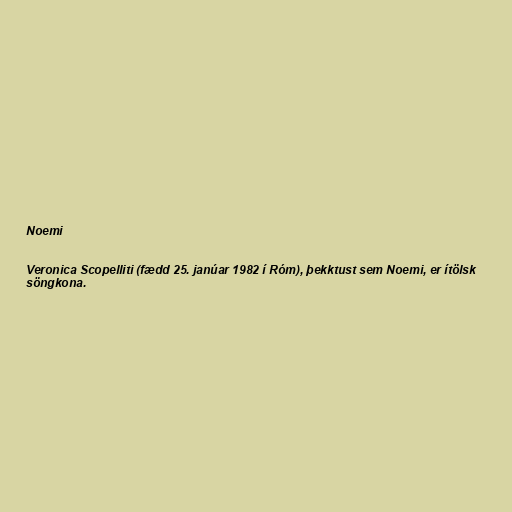
Noemi

Veronica Scopelliti (fædd 25. janúar 1982 í Róm), þekktust sem Noemi, er ítölsk
söngkona.